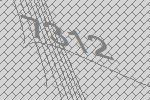
7312